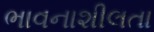
ભાવનાશીલતા